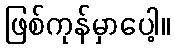
ဖြစ်ကုန်မှာပေါ့။